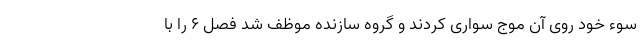
سوء خود روی آن موج سواری کردند و گروه سازنده موظف شد فصل ۶ را با